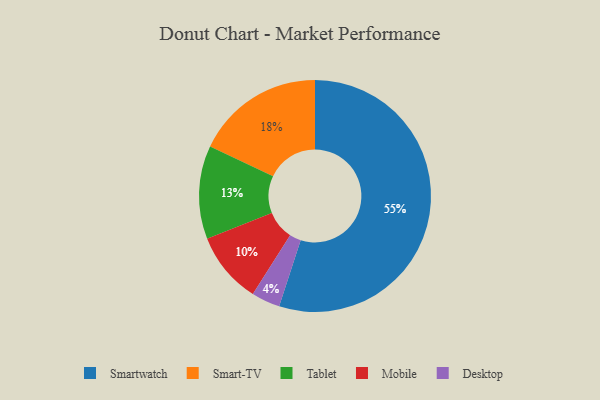
{"axis": {"x": "Category", "y": "Percentage"}, "legend": ["Desktop", "Mobile", "Smart-TV", "Smartwatch", "Tablet"], "data": [{"x": "Desktop", "y": 4, "type": "Desktop"}, {"x": "Smart-TV", "y": 18, "type": "Smart-TV"}, {"x": "Smartwatch", "y": 55, "type": "Smartwatch"}, {"x": "Tablet", "y": 13, "type": "Tablet"}, {"x": "Mobile", "y": 10, "type": "Mobile"}]}